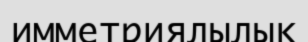
имметриялылық